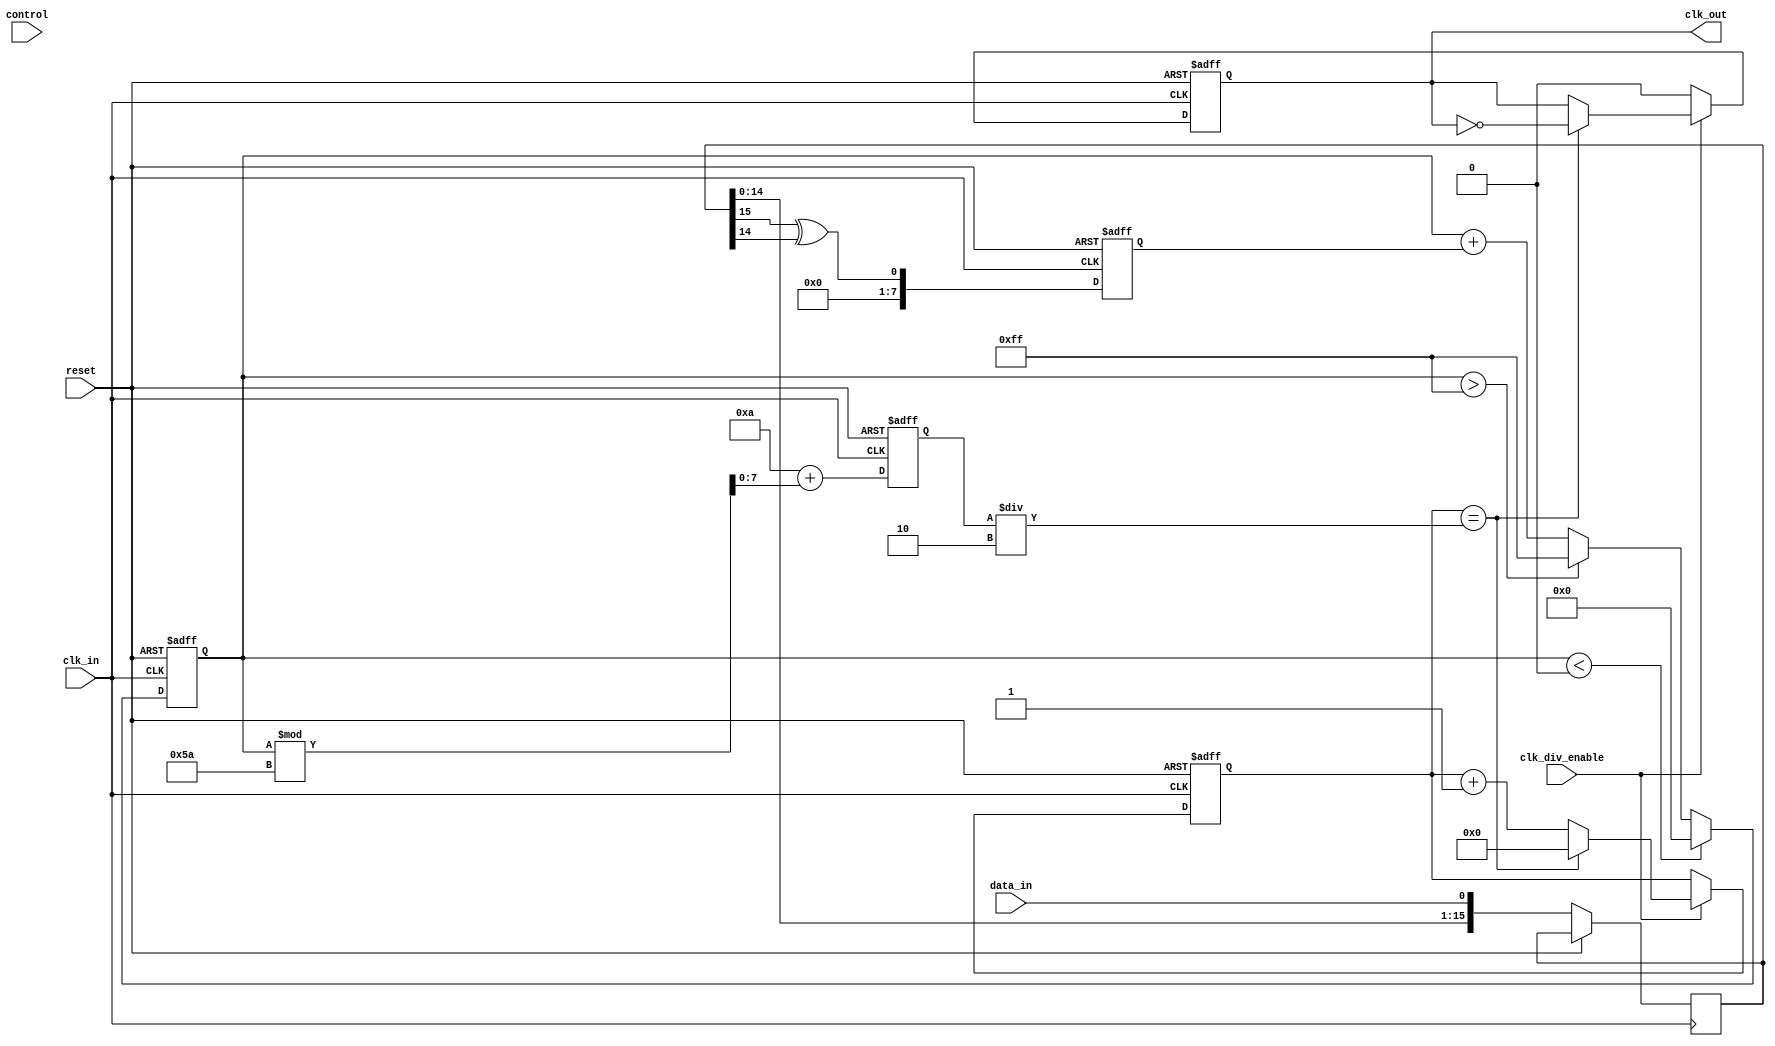
module ClockRecoveryPLL (
    input wire clk_in,           // Incoming data clock
    input wire data_in,          // Incoming data signal
    output reg clk_out,          // Output clock signal
    input wire reset,            // Reset signal
    input wire [7:0] control,    // Control signal for VCO
    input wire clk_div_enable     // Clock divider enable
);

    // Parameters
    parameter MEMORY_SIZE = 16;  // Size of memory blocks
    parameter VCO_MAX_FREQ = 100; // Maximum frequency of VCO
    parameter VCO_MIN_FREQ = 10;  // Minimum frequency of VCO

    // Internal signals
    reg [MEMORY_SIZE-1:0] phase_memory; // Memory blocks for phase information
    reg [7:0] phase_error;               // Phase error signal
    reg [7:0] control_voltage;           // Control voltage for VCO
    reg [7:0] vco_output;                // VCO output frequency
    reg [3:0] clk_div_counter;           // Clock divider counter

    // Phase Detector
    always @(posedge clk_in or posedge reset) begin
        if (reset) begin
            phase_error <= 0;
        end else begin
            // Simple phase error calculation
            phase_memory <= {phase_memory[MEMORY_SIZE-2:0], data_in}; // Shift in new data
            phase_error <= phase_memory[MEMORY_SIZE-1] ^ phase_memory[MEMORY_SIZE-2]; // Example XOR for phase error
        end
    end

    // Loop Filter (Simple first-order)
    always @(posedge clk_in or posedge reset) begin
        if (reset) begin
            control_voltage <= 0;
        end else begin
            control_voltage <= control_voltage + phase_error; // Adjust control voltage based on phase error
            if (control_voltage > 255) control_voltage <= 255; // Clamp to max
            if (control_voltage < 0) control_voltage <= 0;     // Clamp to min
        end
    end

    // Voltage-Controlled Oscillator (VCO)
    always @(posedge clk_in or posedge reset) begin
        if (reset) begin
            vco_output <= VCO_MIN_FREQ;
        end else begin
            vco_output <= VCO_MIN_FREQ + control_voltage[7:0] % (VCO_MAX_FREQ - VCO_MIN_FREQ); // Adjust frequency
        end
    end

    // Clock Divider
    always @(posedge clk_in or posedge reset) begin
        if (reset) begin
            clk_div_counter <= 0;
            clk_out <= 0;
        end else if (clk_div_enable) begin
            clk_div_counter <= clk_div_counter + 1;
            if (clk_div_counter == (vco_output / 2)) begin // Divide by 2 for output clock
                clk_out <= ~clk_out; // Toggle clock output
                clk_div_counter <= 0; // Reset counter
            end
        end else begin
            clk_out <= 0; // Disable output when not enabled
        end
    end

endmodule